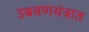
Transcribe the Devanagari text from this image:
उबवणयंत्रात